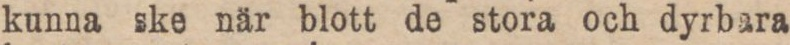
kunna ske när blott de stora och dyrbara